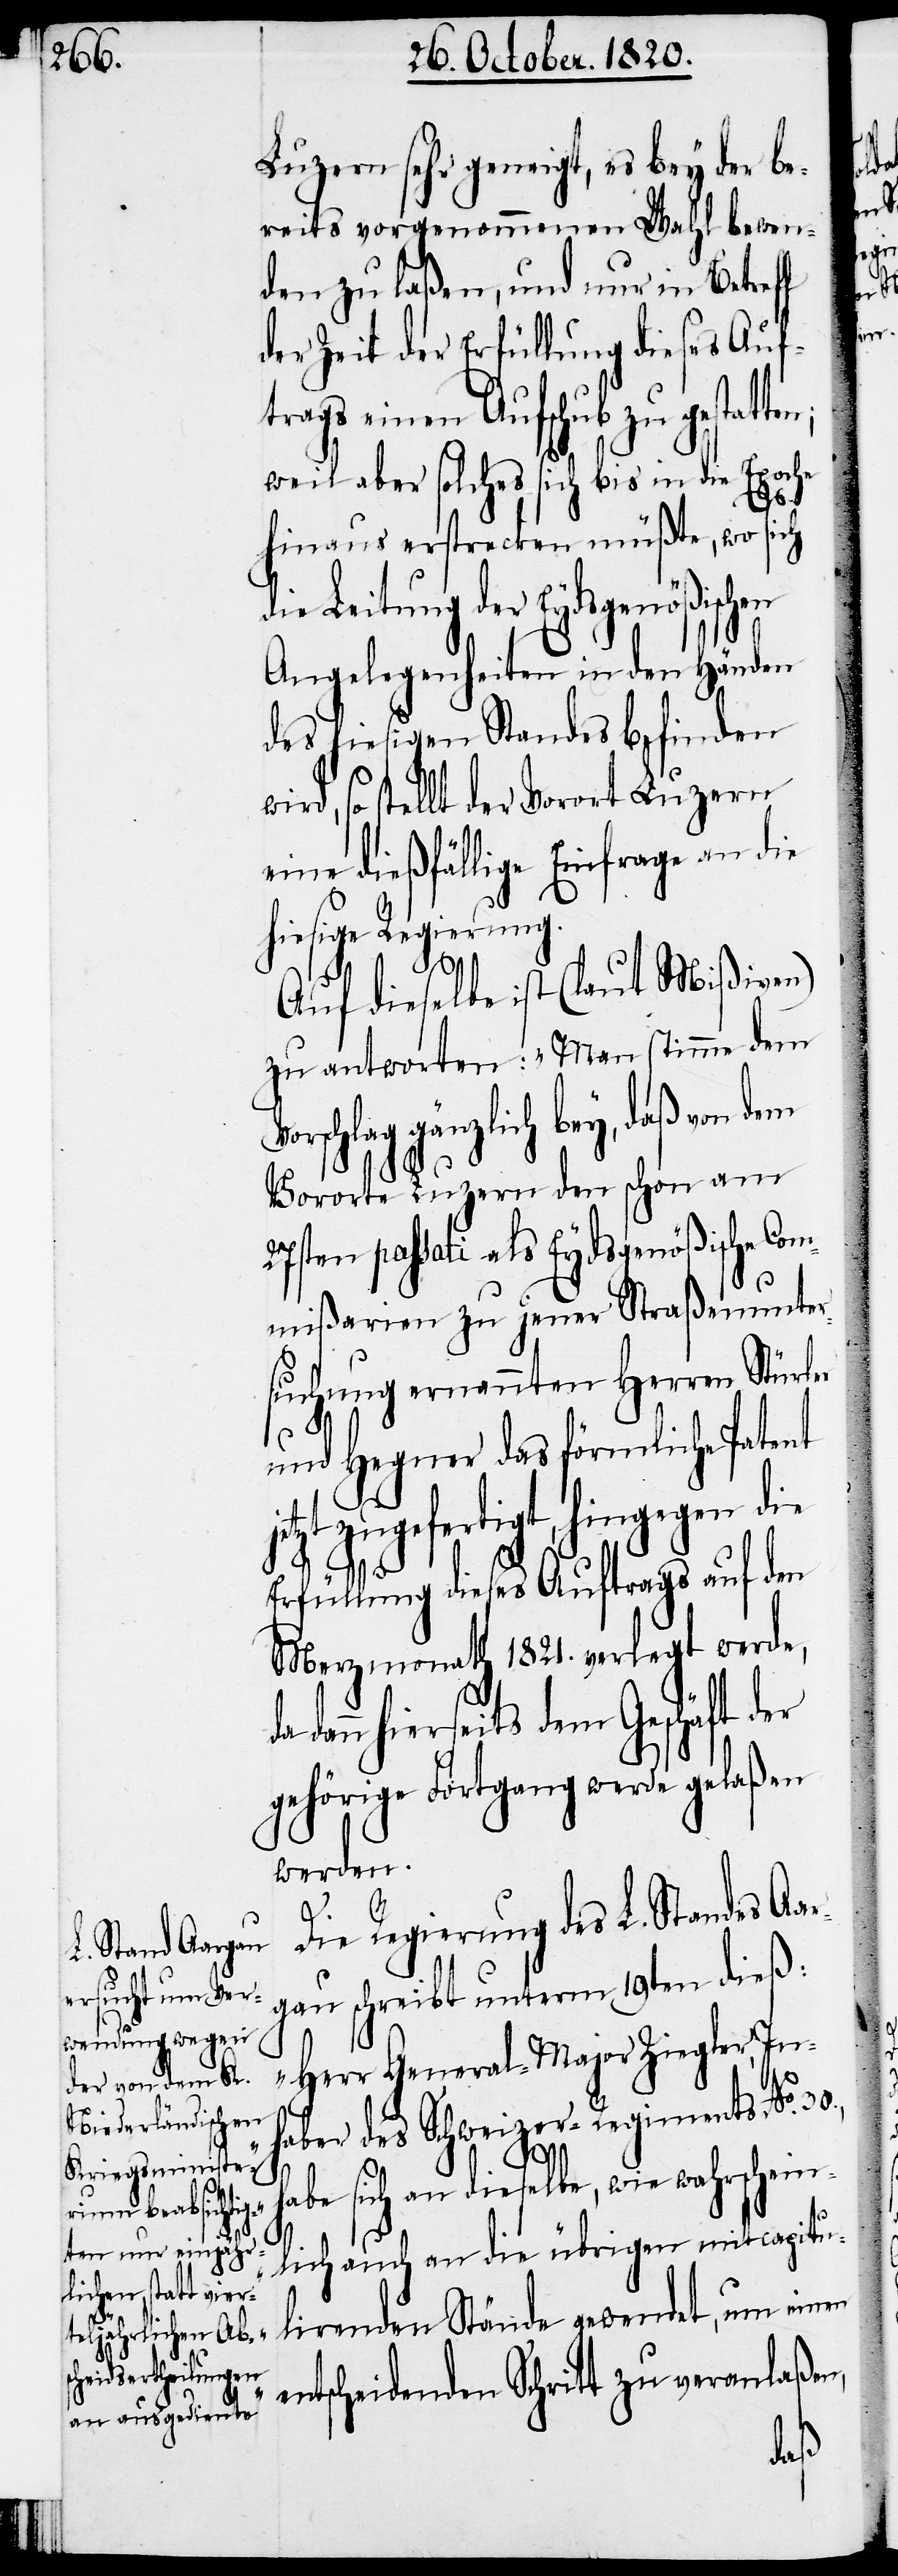
Luzern sehr geneigt, es bey der be¬
reits vorgenommenen Wahl bewen¬
den zu laßen, und nur in Betreff
der Zeit der Erfüllung dieses Auf¬
trags einen Aufschub zu gestat¬
weil aber solches sich bis in die Epoche
hinaus erstrecken müßte, wo sich
die Leitung der Eydsgenößischen
Angelegenheiten in den Händen
des hiesigen Standes befinden
wird, so stellt der Vorort Luzern
eine dießfällige Einfrage an die
hiesige Regierung.
Auf dieselbe ist (laut Mißiven)
zu antworten: „Man stimme dem
schlag gänzlich bey, daß von
Vororte Luzern den schon am
27sten passati als Eydsgenößische Co¬
mißarien zu jener Straßenunter¬
suchung ernannten Herren Stürler
und Hegner das förmliche Patent
t zugefertigt, hingegen die
Erfüllung dieses Auftrags auf den
Merzmonath 1821. verlegt werde,
dann hierseits dem Geschäft der
gehörige Fortgang werde gelaßen
werden
Die Regierung des L. Standes A¬
gau schreibt unterm 19ten dieß:
„Herr General-Major Ziegler, In¬
haber des Schweizer-Regiments No.
30.,
habe sich an dieselbe, wie wahrschein¬
lich auch an die übrigen mitcapitu¬
lirenden Stände gewendet, um einen
entscheidenden Schritt zu veranlaßen,
ar¬

jetz¬
ten;